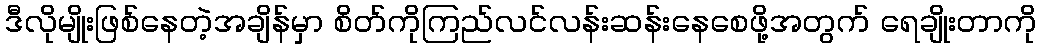
ဒီလိုမျိုးဖြစ်နေတဲ့အချိန်မှာ စိတ်ကိုကြည်လင်လန်းဆန်းနေစေဖို့အတွက် ရေချိုးတာကို